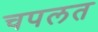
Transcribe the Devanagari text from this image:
चपलत